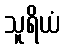
သူရိယံ